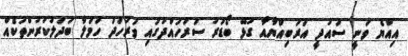
އިއްޔެ ވަނީ ސައުދީ އަރަބިއްޔާއާ ގުޅޭ ބޯޑަރު ސަރަހައްދުގައި ވަރުހަދަ ހަމަލާ ބަދަލުކުރުންތަކެއް